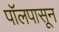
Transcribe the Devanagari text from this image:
पॉलपासून